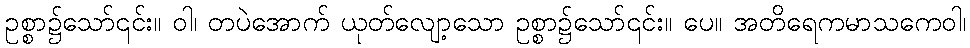
ဥစ္စာ၌သော်၎င်း။ ဝါ၊ တပဲအောက် ယုတ်လျော့သော ဥစ္စာ၌သော်၎င်း။ ပေ။ အတိရေကမာသကေဝါ၊